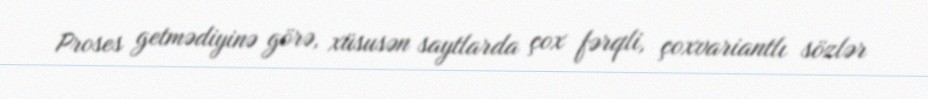
Proses getmədiyinə görə, xüsusən saytlarda çox fərqli, çoxvariantlı sözlər